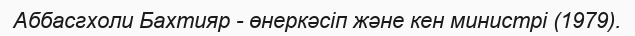
Аббасгхоли Бахтияр - өнеркәсіп және кен министрі (1979).